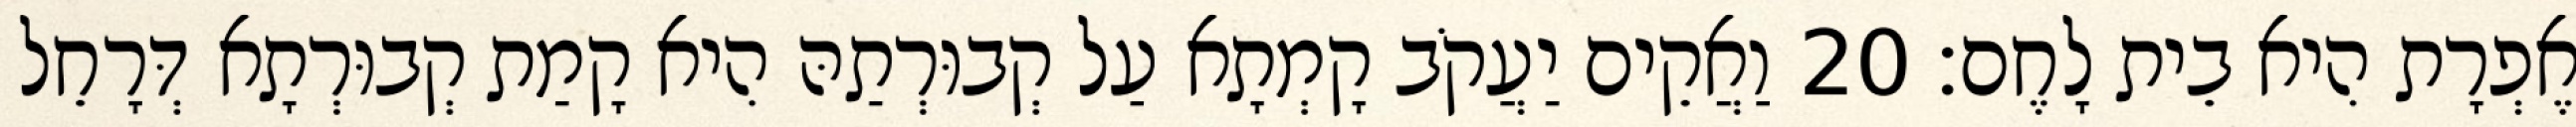
אֶפְרָת הִיא בֵית לָחֶם׃ 20 וַאֲקֵים יַעֲקֹב קָמְתָא עַל קְבוּרְתַהּ הִיא קָמַת קְבוּרְתָא דְּרָחֵל